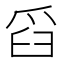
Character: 舀